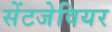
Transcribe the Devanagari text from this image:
सेंटजेवियर